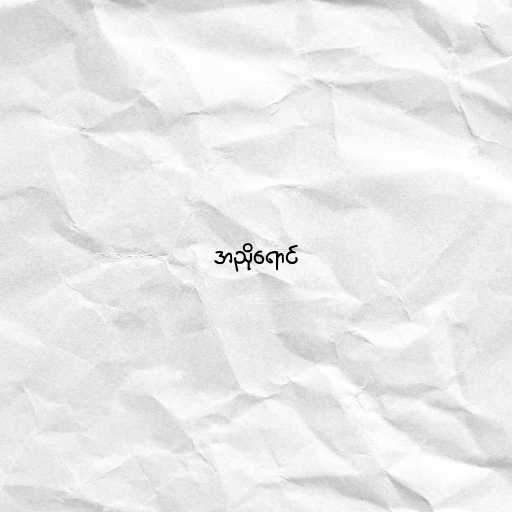
အညိုရောင်